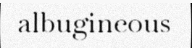
albugineous